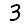
Digit: 3